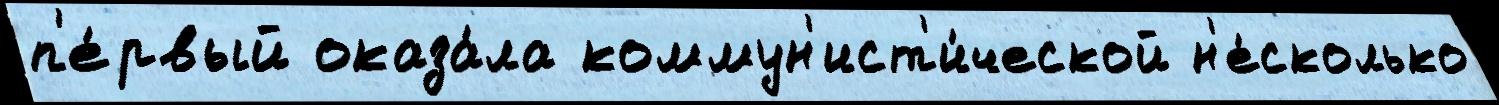
п'е́рвый оказа́ла коммун'ист'и́ческой н'е́сколько